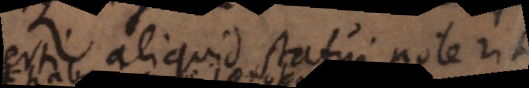
certi aliquid statui poterit,